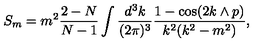
S _ { m } = m ^ { 2 } \frac { 2 - N } { N - 1 } \int \frac { d ^ { 3 } k } { ( 2 \pi ) ^ { 3 } } \frac { 1 - \cos ( 2 k \wedge p ) } { k ^ { 2 } ( k ^ { 2 } - m ^ { 2 } ) } ,